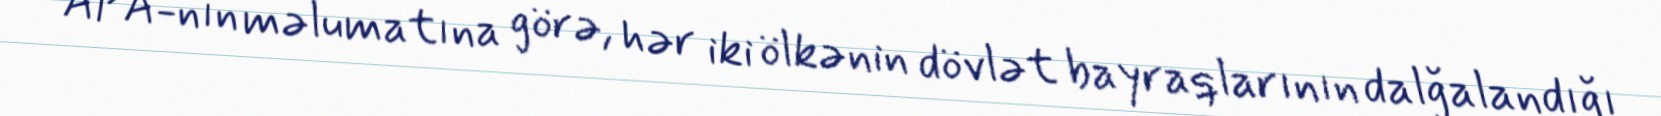
APA-nın məlumatına görə, hər iki ölkənin dövlət bayraqlarının dalğalandığı